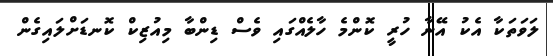
ލަވަތަކާ އެކު އޭނާ ހުރީ ކޮންމެ ހާލެއްގައި ވެސް ޑިންބާ މިއުޒިކް ކޮނޑަށްލައިގެން